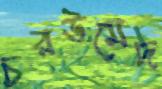
চরউমেদ